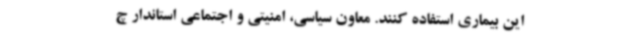
این بیماری استفاده کنند. معاون سیاسی، امنیتی و اجتماعی استاندار چ